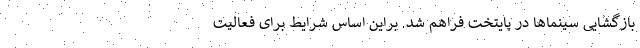
بازگشایی سینماها در پایتخت فراهم شد. براین اساس شرایط برای فعالیت